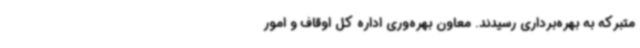
متبرکه به بهره‌برداری رسیدند. معاون بهره‌وری اداره کل اوقاف و امور